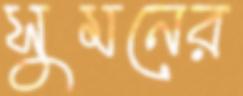
সুমনের